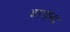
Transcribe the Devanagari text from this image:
भरतांना